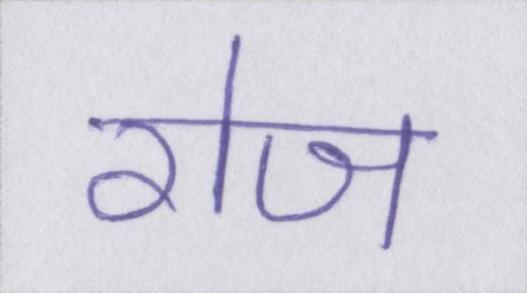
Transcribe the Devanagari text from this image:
रोज